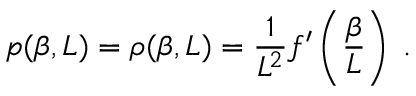
p ( \beta , L ) = \rho ( \beta , L ) = \frac { 1 } { L ^ { 2 } } f ^ { \prime } \left( \frac { \beta } { L } \right) \; .